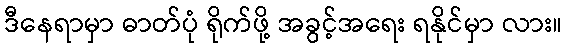
ဒီနေရာမှာ ဓာတ်ပုံ ရိုက်ဖို့ အခွင့်အရေး ရနိုင်မှာ လား။